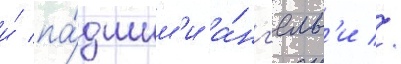
и́ па́дшим'и а́нг'елам'и //